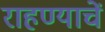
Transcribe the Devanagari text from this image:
राहण्याचें